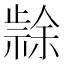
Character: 𭭳